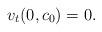
LaTeX: \begin{align*} v_t (0,c_0)=0. \end{align*}